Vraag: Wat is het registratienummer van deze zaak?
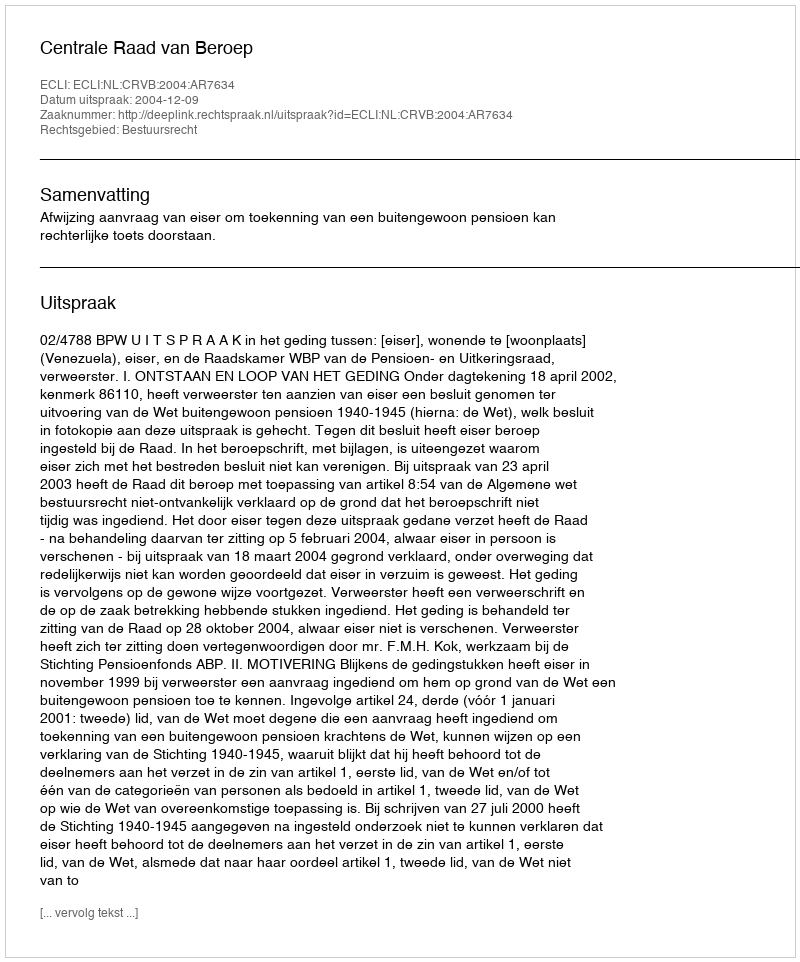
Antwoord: http://deeplink.rechtspraak.nl/uitspraak?id=ECLI:NL:CRVB:2004:AR7634